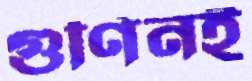
গুণিনই